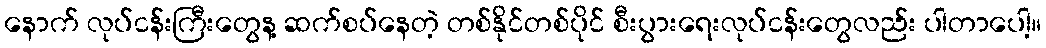
နောက် လုပ်ငန်းကြီးတွေန့ ဆက်စပ်နေတဲ့ တစ်နိုင်တစ်ပိုင် စီးပွားရေးလုပ်ငန်းတွေလည်း ပါတာပေါ့။